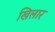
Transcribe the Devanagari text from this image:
खिलार